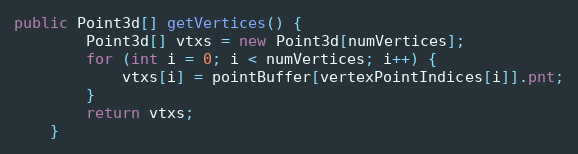
Language: Java
public Point3d[] getVertices() {
        Point3d[] vtxs = new Point3d[numVertices];
        for (int i = 0; i < numVertices; i++) {
            vtxs[i] = pointBuffer[vertexPointIndices[i]].pnt;
        }
        return vtxs;
    }